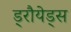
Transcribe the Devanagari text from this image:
ड्रौयेड्स